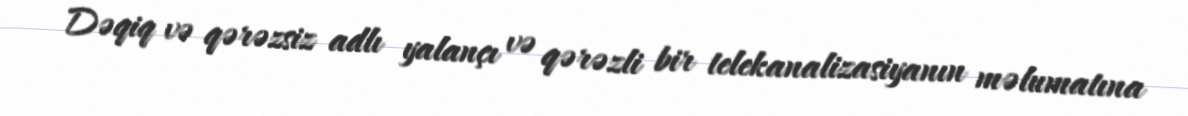
Dəqiq və qərəzsiz adlı yalançı və qərəzli bir telekanalizasiyanın məlumatına